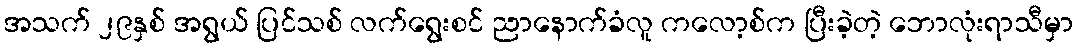
အသက် ၂၉နှစ် အရွယ် ပြင်သစ် လက်ရွေးစင် ညာနောက်ခံလူ ကလော့စ်က ပြီးခဲ့တဲ့ ဘောလုံးရာသီမှာ